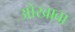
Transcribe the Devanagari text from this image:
ओखावा